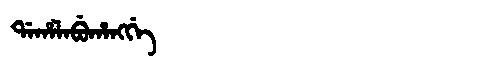
Manchu: ᡩᠠᡥᠠᠯᠠᠪᡠᡥᠠᠩᡤᡝ
Romanization: DAHALABUHANGGE